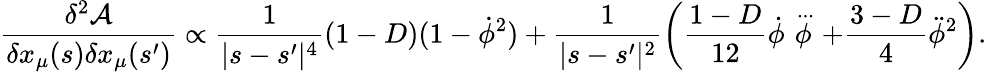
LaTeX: \frac{\delta^{2}\mathcal{A}}{\delta x_{\mu}(s)\delta x_{\mu}(s^{\prime})}\propto\frac{1}{|s-s^{\prime}|^{4}}(1-D)(1-\dot{\phi}^{2})+\frac{1}{|s-s^{\prime}|^{2}}\left(\frac{1-D}{12}\dot{\phi}\stackrel{{\, ...}}{\phi}+\frac{3-D}{4}\ddot{\phi}^{2}\right).